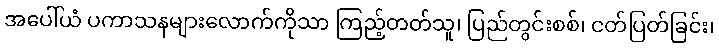
အပေါ်ယံ ပကာသနများလောက်ကိုသာ ကြည့်တတ်သူ၊ ပြည်တွင်းစစ်၊ ငတ်ပြတ်ခြင်း၊